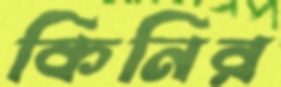
কিনির